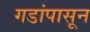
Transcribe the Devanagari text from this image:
गडांपासून